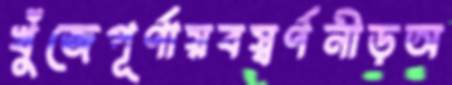
খুঁজেপূর্ণায়বস্বর্ণনীড়অ